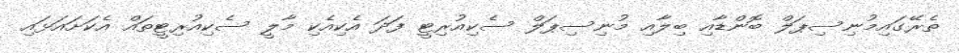
ތެރޭގައިމުނިސިޕަލް ބޮންޑާއި ބިލާއި މުނިސިޕަލް ސެކިއުރިޓީ ފަދަ އެކިއެކި މާލީ ސެކިއުރިޓީތައް އެކަށައަޅައި